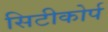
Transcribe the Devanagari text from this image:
सिटीकोर्प